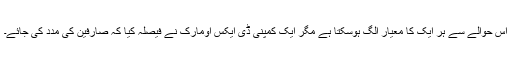
اس حوالے سے ہر ایک کا معیار الگ ہوسکتا ہے مگر ایک کمپنی ڈی ایکس اومارک نے فیصلہ کیا کہ صارفین کی مدد کی جائے۔